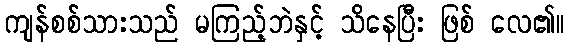
ကျန်စစ်သားသည် မကြည့်ဘဲနှင့် သိနေပြီး ဖြစ် လေ၏။